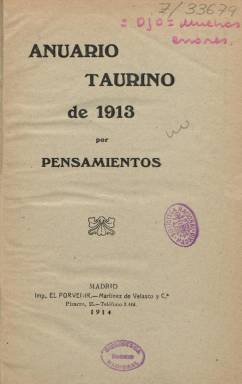
Título: Anuario taurino de ...
Colección: Toros
Ámbito geográfico: Madrid
Lugar de publicación: Madrid
Fechas: 01/01/1913-31/12/1917

Quien quiera hacerse una idea de la popularidad de que gozaban las corridas de toros en España hace un siglo sólo tiene que ver el gran número de publicaciones que sólo de esta época conserva la BNE. La segunda década del siglo XX está considerada la Edad de Oro del toreo, sobre todo por la rivalidad de las dos grandes figuras de esos años, Joselito y Belmonte. Esta brillante etapa terminó con la trágica muerte de Joselito en la primavera de 1920.

  Esta publicación anual recoge con profusión los datos estadísticos del año a que se refiere por riguroso orden cronológico. Así podemos ver que en el año de 1913, el primer apunte es el de 1 de enero, día en que empezó la temporada taurina, no en España sino en México, con la participación de toreros españoles. Se recogen los mínimos detalles de cada corrida y la actuación de cada torero, si fue cogido por el toro o hizo una faena limpia, así como si fue ovacionado o pitado al final.

 Pero no se ciñe únicamente a las corridas de cada día, sino que incluye otros acontecimientos, como éste que cierra el 26 de noviembre la temporada de 1913: ‘El día 26, en San Fernando de Jarama, contrajo matrimonio el matador de toros Castor Jaureguibeitia Ibarra (Cocherito) con la bella señorita Casilda Majón y Avilés, hija del alcalde de dicho pueblo. La boda fue un verdadero acontecimiento; asistieron más de 300 invitados, y fueron padrinos el opulento ganadero D. Félix Urcola y su bella señora’.

  La publicación se cierra con el número de corridas toreadas por cada matador, así como un índice de los hechos más relevantes, entre los que destacan la muerte o cogida de algún torero.

  El anuario de 1914 comienza precisamente diciendo que ‘ha sido uno de los más accidentados que registra la historia del toreo’ con la muerte de varios toreros en la plaza, y destaca las faenas realizadas por los héroes del momento: Joselito y Belmonte. En este número se adopta una metodología diferente, resaltando la labor de cada torero en el año seguida de la cronología.

   En el anuario de 1917, Joselito y Belmonte vuelven a ser los protagonistas destacados. El primero ‘toreó las corridas que quiso y al precio que le convino’ y el segundo hizo ‘la mejor temporada desde que ejerce la profesión’.

 Al final de este último número que posee la BNE pueden verse las obras del autor de la publicación, Enrique Minguet Calderón de la Barca, que firmaba con el seudónimo de Pensamientos. Como puede verse, era ya autor de numerosas obras taurinas, muchas de las cuales ya estaban agotadas, y fue autor de muchas más hasta su muerte en 1953. En la BNE figura como autor de un total de 19 obras y como participante en otras 9, aunque no todas de temática taurina.

[Descripción publicada el 17/08/2022]